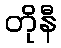
တိုနီ